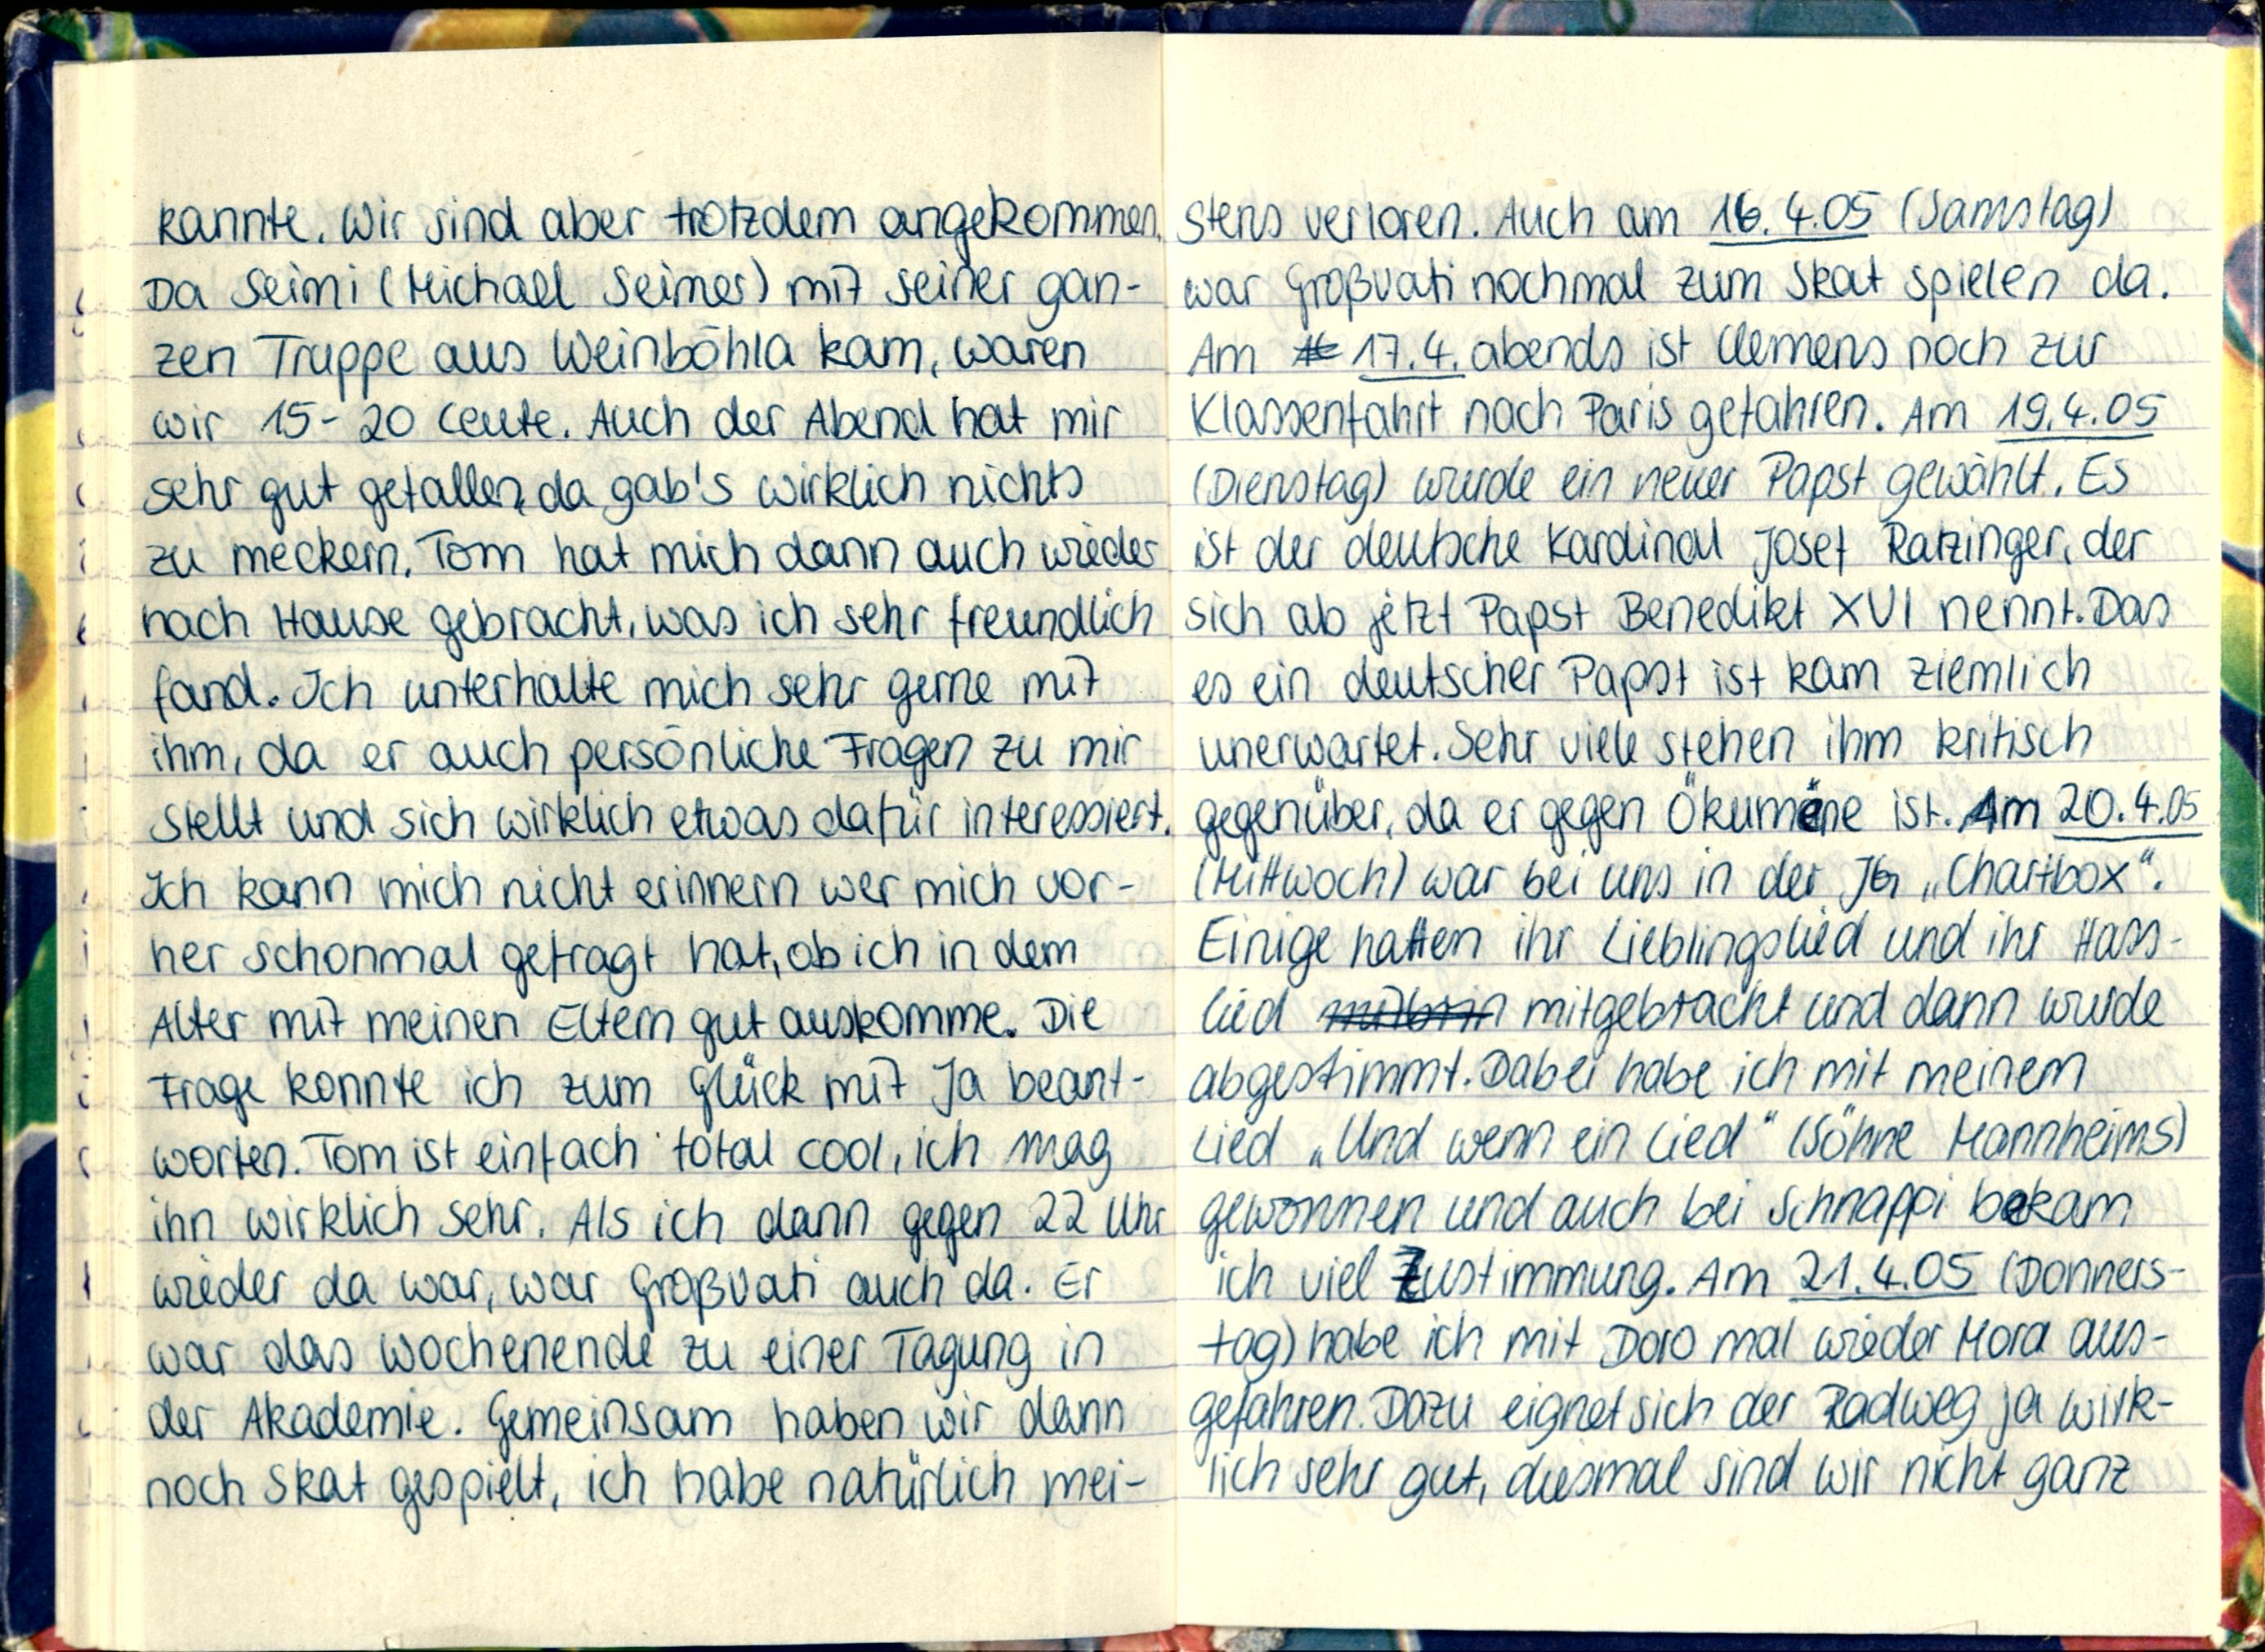
kannte. Wir sind aber trotzdem angekommen
Da Seimi (Michael Seimer) mit Seiner gan-
zen Truppe aus Weinböhla kam, waren
wir 15-20 Leute. Auch der Abend hat mir
sehr gut gefallen da gab's wirklich nichts
zu meckern, Tom hat mich dann auch wieder
nach Hause gebracht, was ich sehr freundlich
fand. Ich unterhalte mich sehr gerne mit
ihm, da er auch persönliche Fragen zu mir
stellt und sich wirklich etwas dafür interessiert.
Ich kann mich nicht erinnern wer mich vor-
her schonmal gefragt hat, ob ich in dem
Alter mit meinen Eltern gut auskomme. Die
Frage konnte ich zum Glück mit Ja beant-
worten. Tom ist einfach total cool, ich mag
ihn wirklich sehr. Als ich dann gegen 22 Uhr
wieder da war, war Großvati auch da. Er
war das Wochenende zu einer Tagung in
der Akademie. Gemeinsam haben wir dann
noch Skat gespielt, ich habe natürlich mei-

stens verloren. Auch am 16.4.05 (Samstag)
war Großvati nochmal zum Skat spielen da.
Am 17.4. abends ist Clemens noch zur
Klassenfahrt nach Paris gefahren. Am 19.4.05
(Dienstag) wurde ein neuer Papst gewählt. Es
ist der deutsche Kardinal Josef Ratzinger, der
sich ab jetzt Papst Benedikt XVI nennt. Das
es ein deutscher Papst ist kam ziemlich
unerwartet. Sehr viele stehen ihm kritisch
gegenüber, da er gegen Ökumene ist. Am 20.4.05
(Mittwoch) war bei uns in der JG „Chartbox".
Einige hatten ihr Lieblingslied und ihr Hass-
lied mitgebracht und dann wurde
abgestimmt. Dabei habe ich mit meinem
Lied „Und wenn ein Lied" (Söhne Mannheims)
gewonnen und auch bei Schnappi bekam
ich viel Zustimmung. Am 21.4.05 (Donners-
tag) habe ich mit Doro mal wieder Mora aus-
gefahren. Dazu eignet sich der Radweg ja wirk-
lich sehr gut, diesmal sind wir nicht ganz